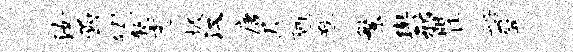
汝函矧塾远圾汉唐迟陋瞀繁舆邪瞿船屏